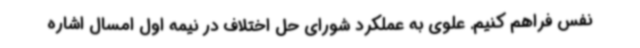
نفس فراهم کنیم. علوی به عملکرد شورای حل اختلاف در نیمه اول امسال اشاره